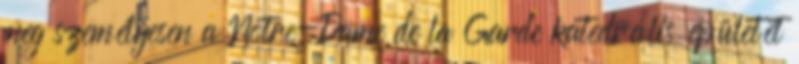
meg személyesen a Notre-Dame de la Garde katedrális épületét